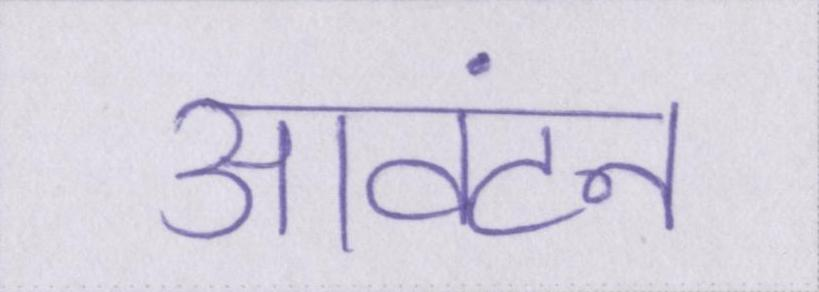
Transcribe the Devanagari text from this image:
आवंटन